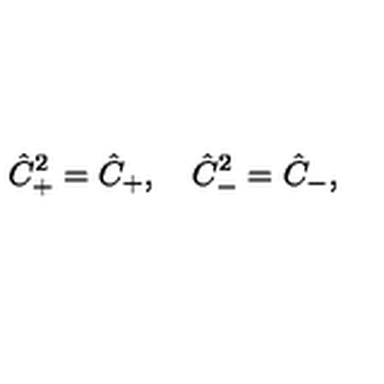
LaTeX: \hat { C } _ { + } ^ { 2 } = \hat { C } _ { + } , \quad \hat { C } _ { - } ^ { 2 } = \hat { C } _ { - } ,